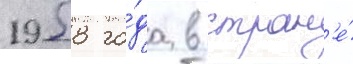
1958 го́да в стран'е́